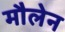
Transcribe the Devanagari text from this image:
मौलेन